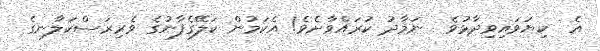
އެ  ކިޔަވައިވިދާޅުވެ  ނަމާދު ކުރައްވާށެވެ! އެކަމުން ކަލޭގެފާނުގެ ވެރިރަސްކަލާނގެ